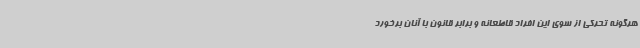
هرگونه تحرکی از سوی این افراد قاطعانه و برابر قانون با آنان برخورد